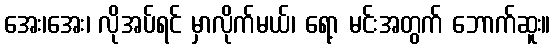
အေး၊အေး၊ လိုအပ်ရင် မှာလိုက်မယ်၊ ရော့ မင်းအတွက် ဘောက်ဆူး။